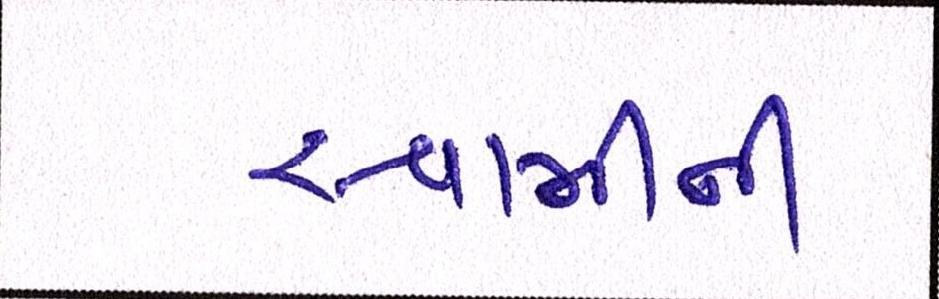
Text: સ્વામીની